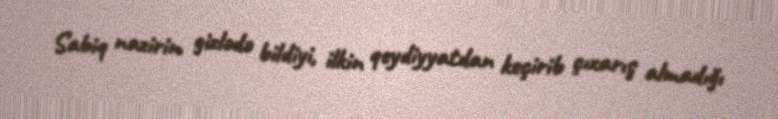
Sabiq nazirin gizlədə bildiyi, ilkin qeydiyyatdan keçirib çıxarış almadığı